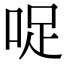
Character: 哫